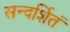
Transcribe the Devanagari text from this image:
सन्दर्शितं